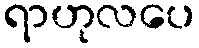
ရာဟုလပေ